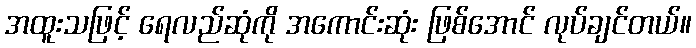
အထူးသဖြင့် ရေလည်ဆုံကို အကောင်းဆုံး ဖြစ်အောင် လုပ်ချင်တယ်။